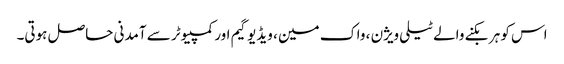
اس کو ہر بکنے والے ٹیلی ویژن ، واک مین ، ویڈیو گیم اور کمپیوٹر سے آمدنی حاصل ہوتی۔